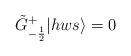
LaTeX: \begin{align*}\tilde{G}^{+}_{-\frac{1}{2}} |hws \rangle = 0\end{align*}